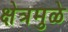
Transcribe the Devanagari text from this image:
क्षेत्रमुळे